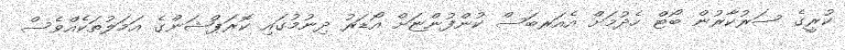
ކުރީގެ ސަރުކާރުން ބޯޓް ހެދުމަށް އެއަރބަސް ކުންފުންޏަށް އޯޑަރު ދިނުމުގައި ކޮރަޕްޝަންގެ އަމަލުތަކެއްވެސް